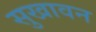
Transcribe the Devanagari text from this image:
सुखावन